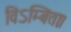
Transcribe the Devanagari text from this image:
विऽम्बिताः।